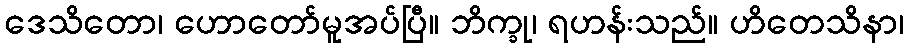
ဒေသိတော၊ ဟောတော်မူအပ်ပြီ။ ဘိက္ခု၊ ရဟန်းသည်။ ဟိတေသိနာ၊